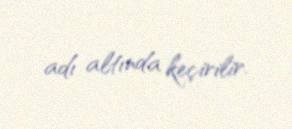
adı altında keçirilir.